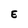
Character: E